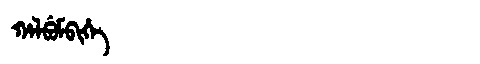
Manchu: ᡥᠠᠯᠪᡠᠮᠪᡳᡥᡝ
Romanization: HALBUMBIHE